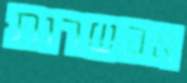
אפשרות